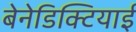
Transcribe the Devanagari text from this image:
बेनेडिक्टियाई